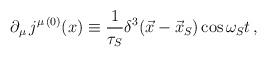
LaTeX: \begin{align*}\partial_\mu \,j^{\mu\,(0)}(x) \equiv \frac{1}{\tau_S}\delta^3(\vec{x}-\vec{x}_S) \cos \omega_S t\,,\end{align*}